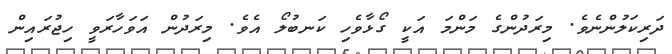
ދަރިކަލުންނެވެ. މިރަދުންގެ މަންމަ އަކީ ގޯޅާވެހި ކަނބުލޯ އެވެ. މިރަދުން އަވަހާރަވީ ހިޖުރައިން